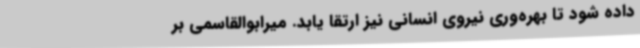
داده شود تا بهره‌وری نیروی انسانی نیز ارتقا یابد. میرابوالقاسمی بر